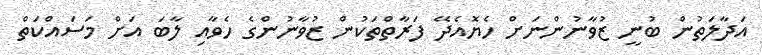
އަދާލަތުން ބުނީ ޒުވާނުންނަށް ހެޔޮއެދޭ ފަރާތްތަކުން ޒުވާނުންގެ ހެވާއި ލާބަ އަށް މަސައްކަތް